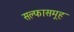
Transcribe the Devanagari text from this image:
सल्फासमूह